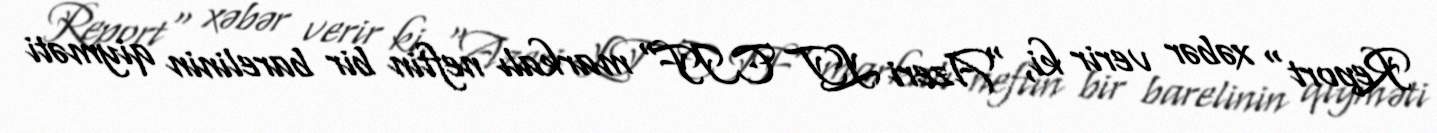
Report" xəbər verir ki, "Azeri LT CIF" markalı neftin bir barelinin qiyməti